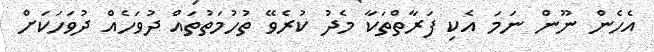
އެހެން ނޫން ނަމަ އެކި ފަރާތްތަކާ މެދު ކުރެވޭ ތުހުމަތުތައް ދުވަހެއް ދުވަހަކަށް